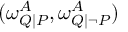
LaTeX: ( \omega _ { Q | P } ^ { A } , \omega _ { Q | \lnot P } ^ { A } )